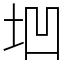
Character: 垇